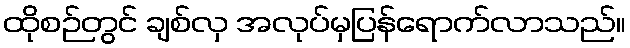
ထိုစဉ်တွင် ချစ်လှ အလုပ်မှပြန်ရောက်လာသည်။